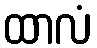
ထာလံ